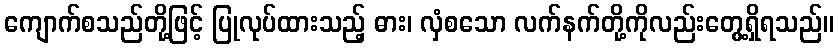
ကျောက်စသည်တို့ဖြင့် ပြုလုပ်ထားသည့် ဓား၊ လှံစသော လက်နက်တို့ကိုလည်းတွေ့ရှိရသည်။